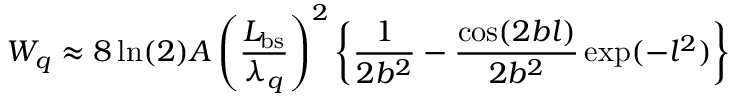
W _ { q } \approx 8 \ln ( 2 ) A \left( \frac { L _ { \mathrm { b s } } } { \lambda _ { q } } \right) ^ { 2 } \left\{ \frac { 1 } { 2 b ^ { 2 } } - \frac { \cos ( 2 b l ) } { 2 b ^ { 2 } } \exp ( - l ^ { 2 } ) \right\}